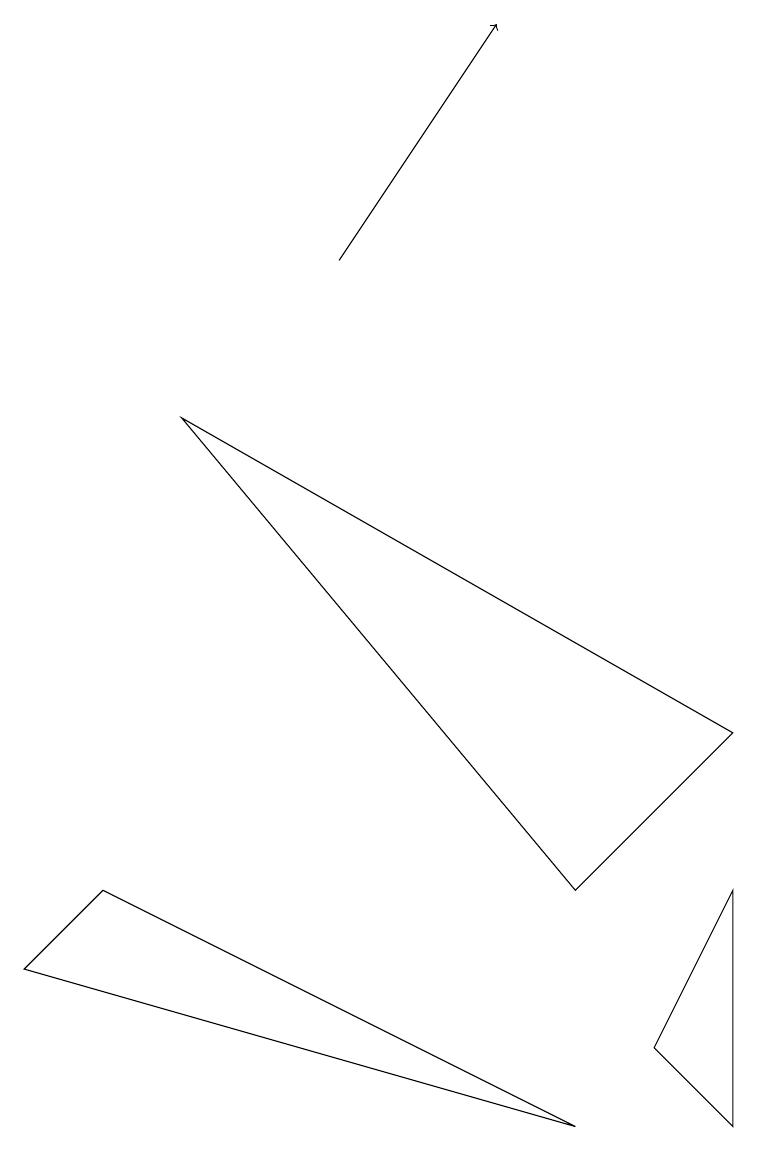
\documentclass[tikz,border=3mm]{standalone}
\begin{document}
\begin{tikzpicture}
\draw (7,0) -- (1,3) -- (0,2) -- cycle;
\draw (9,0) -- (8,1) -- (9,3) -- cycle;
\draw (7,3) -- (9,5) -- (2,9) -- cycle;
\draw[->] (4,11) -- (6,14);
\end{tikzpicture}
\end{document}